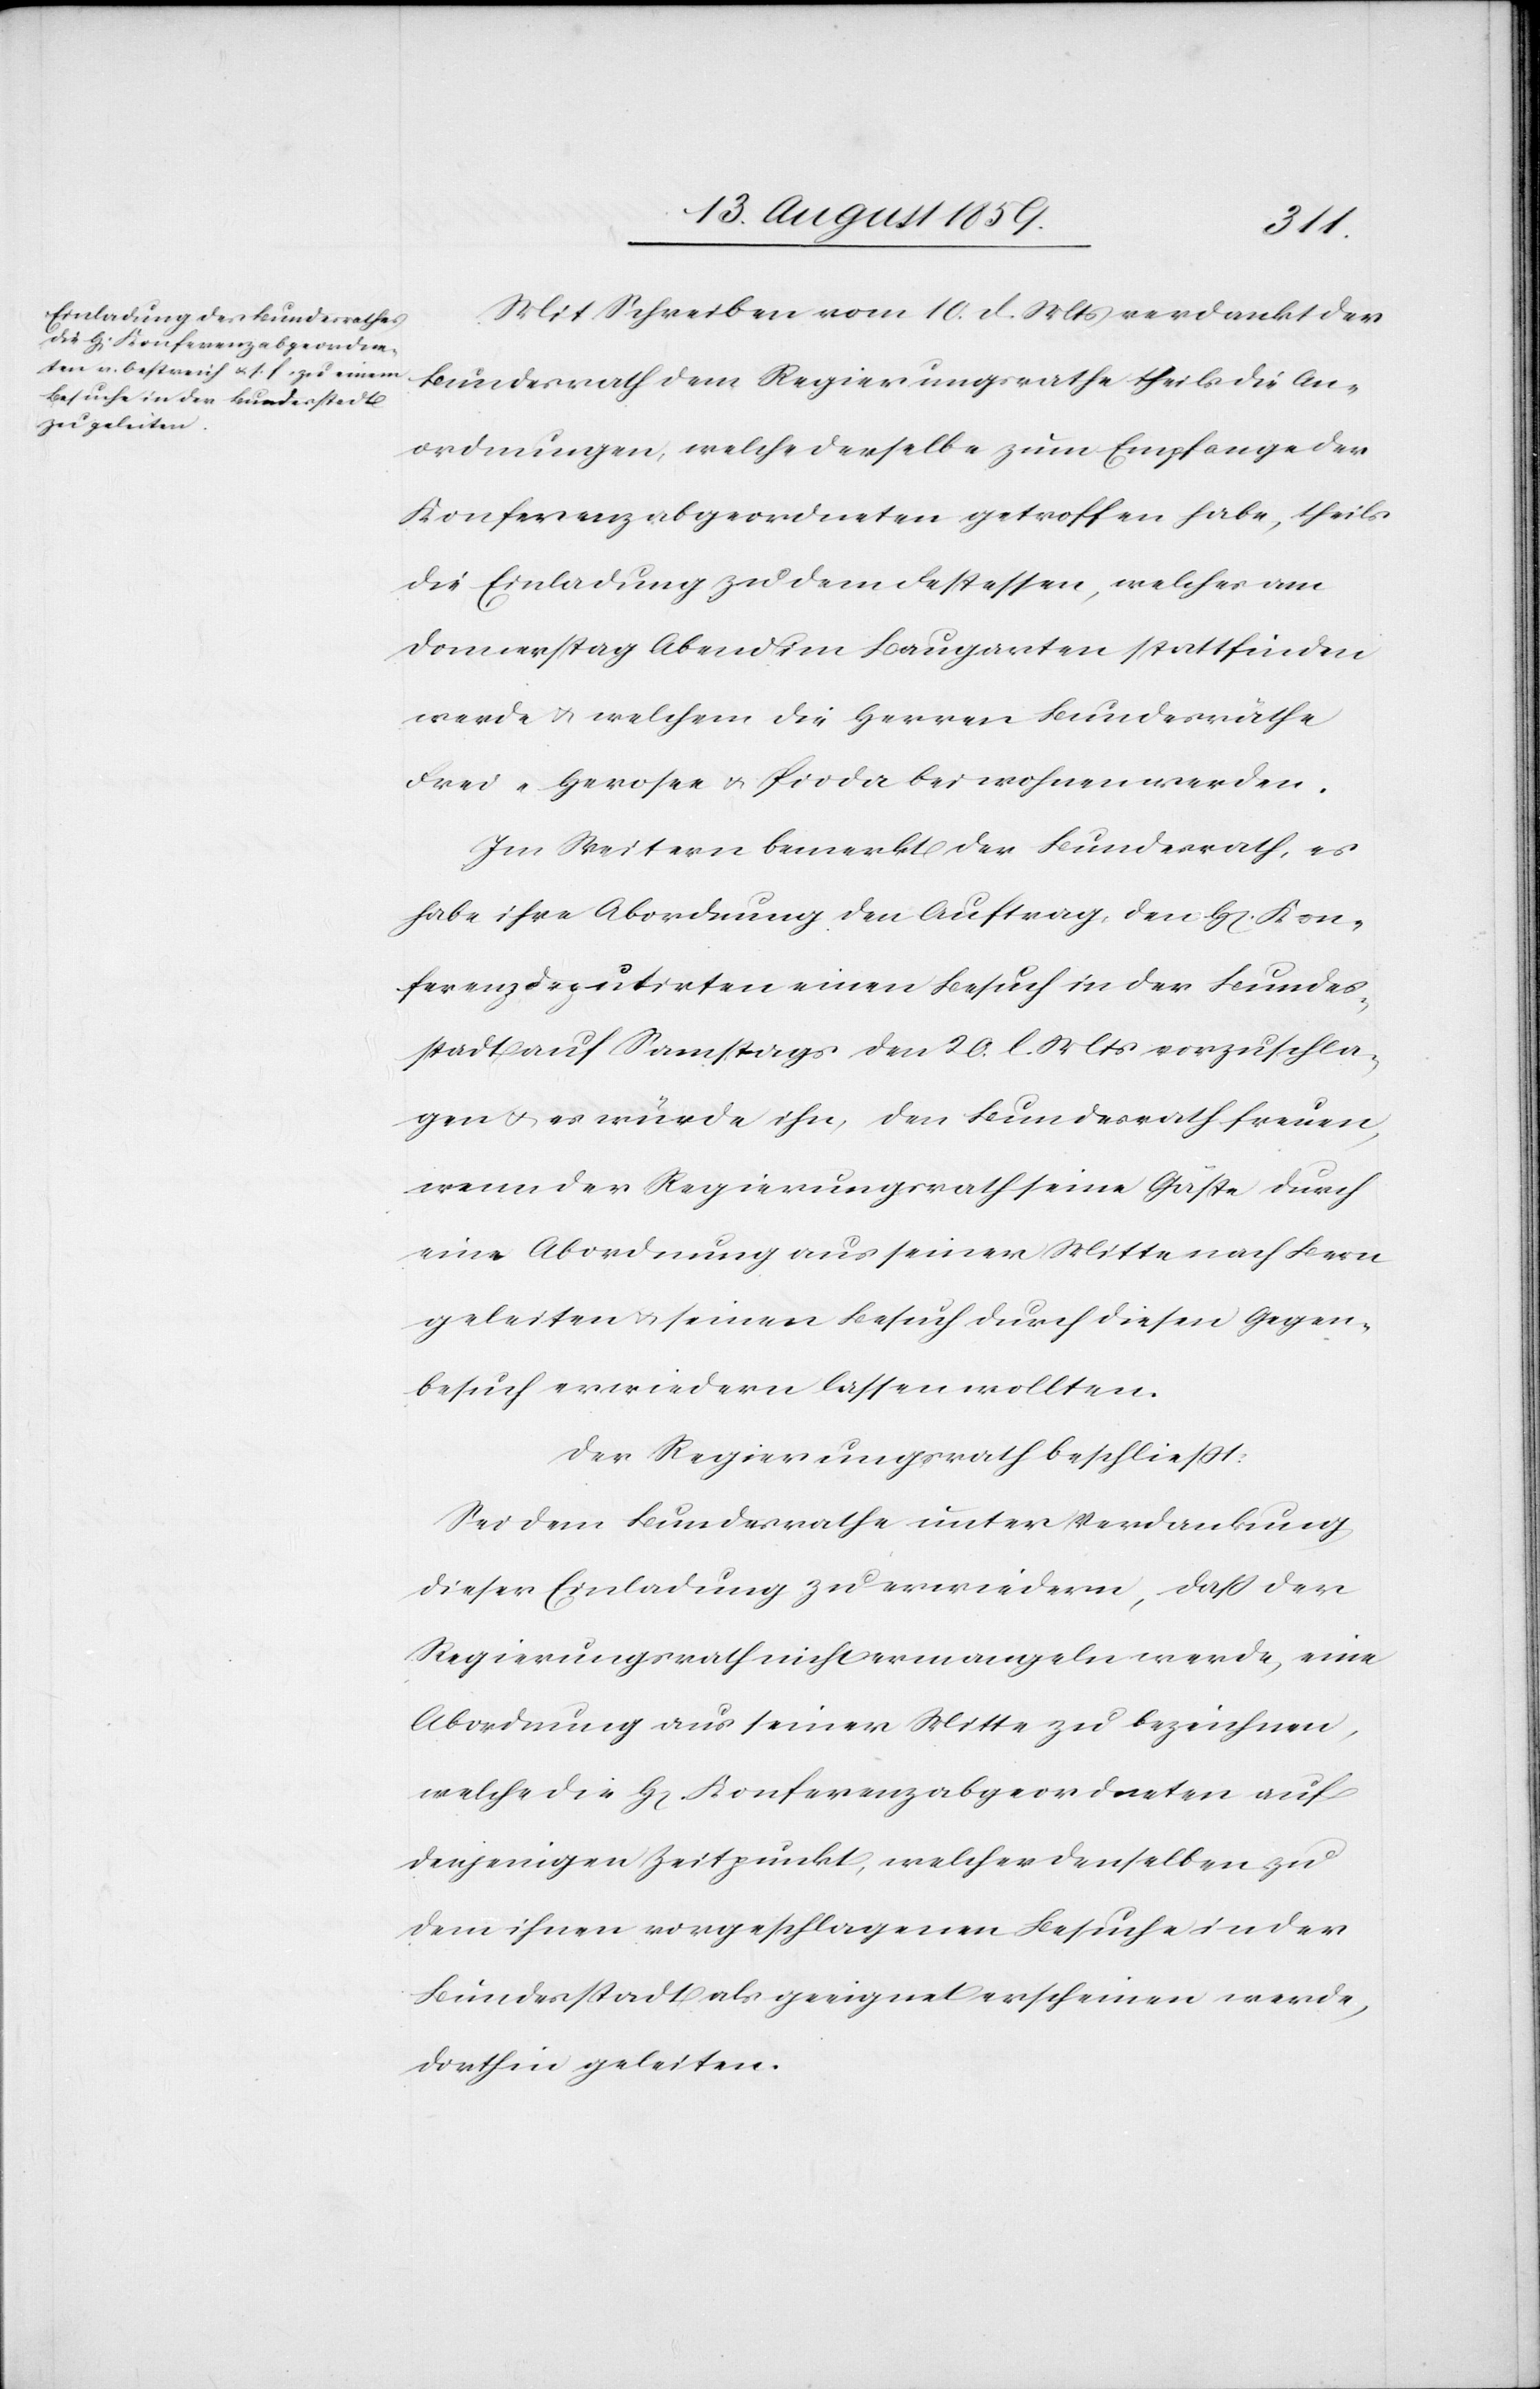
Mit Schreiben vom 10. d. Mts. verdankt der
Bundesrath dem Regierungsrathe theils die An¬
ordnungen, welche derselbe zum Empfange der
Konferenzabgeordneten getroffen habe, theils
die Einladung zu dem Festessen, welches am
Donnerstag Abend im Baugarten stattfinden
werde u. welchem die Herren Bundesräthe
Frei-Herosee u. Pioda beiwohnen werden.
Im Weitern bemerkt der Bundesrath, es
habe ihre Abordnung den Auftrag, den H[erren] Kon¬
ferenzdeputirten einen Besuch in der Bundes¬
stadt Samstags den 20. l. Mts. vorzuschla¬
gen u. es würde ihn, den Bundesrath freuen,
wenn der Regierungsrath seine Gäste durch
eine Abordnung aus seiner Mitte nach Bern
geleiten u. seinen Besuch durch diesen Gegen¬
besuch erwiedern lassen wollten.
Der Regierungsrath beschließt:
Sei dem Bundesrath unter Verdankung
dieser Einladung zu erwiedern, daß der
Regierungsrath nicht ermangeln werde, eine
Abordnung aus seiner Mitte zu bezeichnen,
welche die H[erren] Konferenzabgeordneten auf
denjenigen Zeitpunkt, welcher denselben zu
dem ihnen vorgeschlagenen Besuche in der
Bundesstadt als geeignet erscheinen werde,
dorthin geleiten.